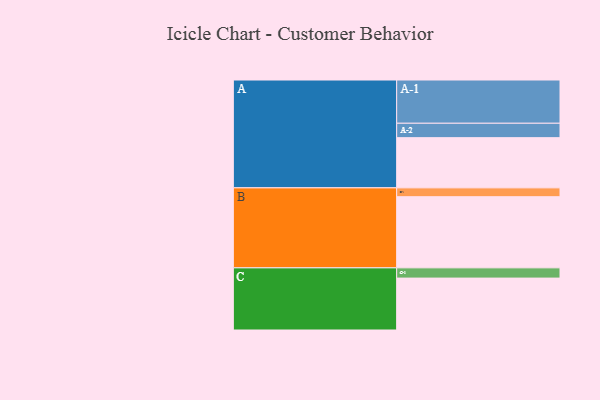
{"axis": {"x": "Segment", "y": "Value"}, "legend": ["", "A", "B", "C"], "data": [{"x": "A", "y": 324, "type": ""}, {"x": "B", "y": 459, "type": ""}, {"x": "C", "y": 335, "type": ""}, {"x": "A-1", "y": 279, "type": "A"}, {"x": "A-2", "y": 93, "type": "A"}, {"x": "B-1", "y": 57, "type": "B"}, {"x": "C-1", "y": 66, "type": "C"}]}